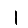
Digit: 1